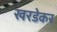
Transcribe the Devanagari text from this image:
खरडेकर